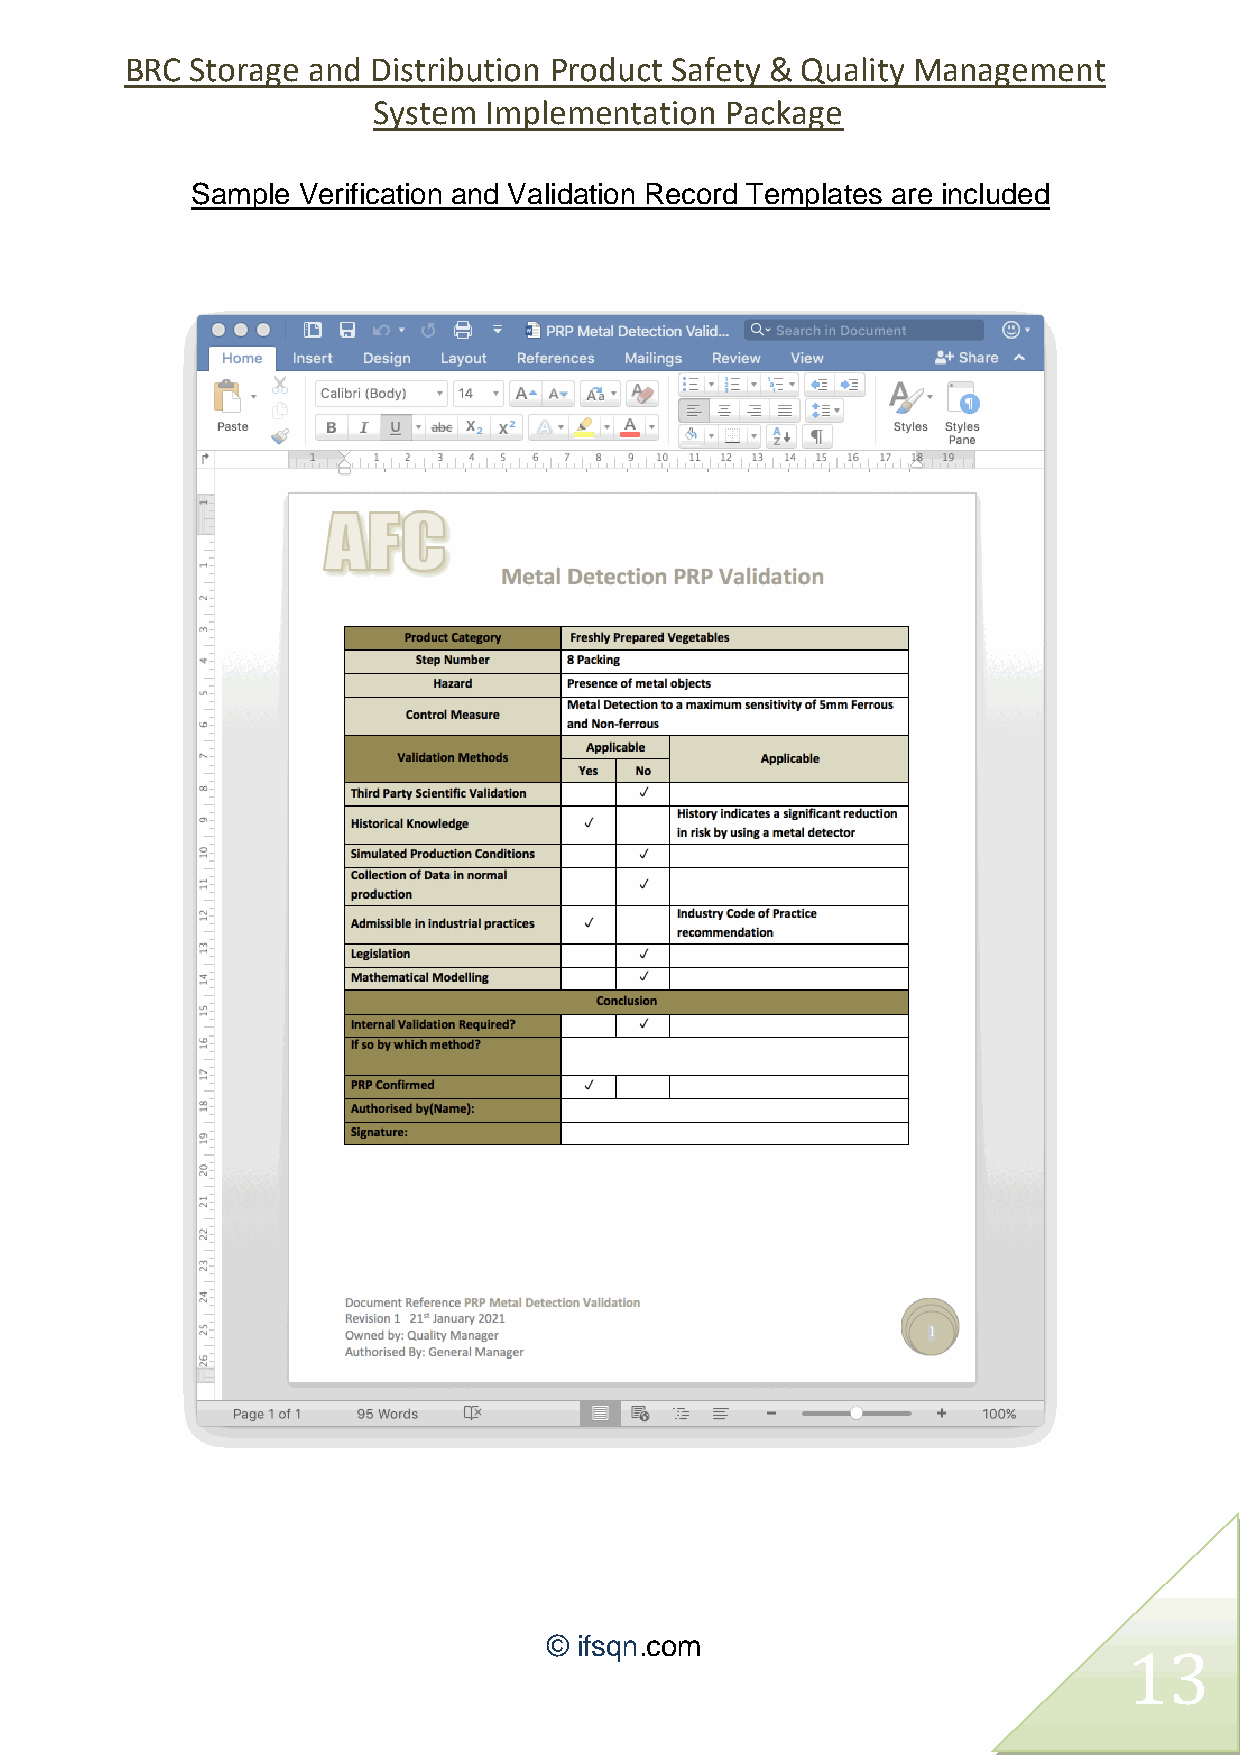
BRC  Storage and Distribution Product Safety & Quality Management
 System Implementation  Package
 Sample Verification and Validation Record Templates are included
 © ifsqn.com
 13